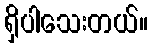
ရှိပါသေးတယ်။